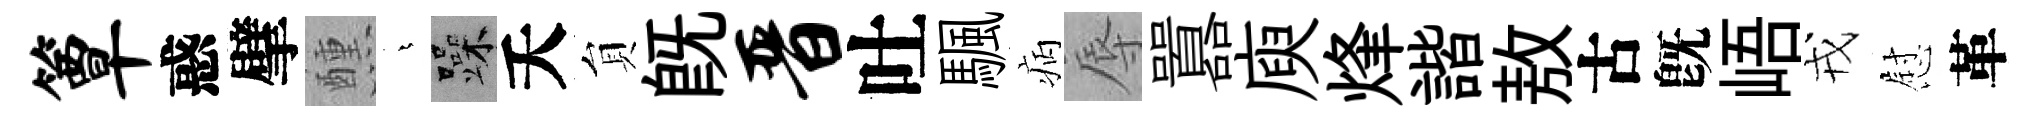
簟惑擘醺燁躁夭貟既晋吐颿病辱囂庾烽諧敖古旣峿戎慰革